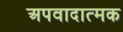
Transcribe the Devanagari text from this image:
अपवादात्मक